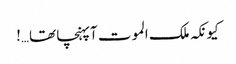
کیونکہ ملک الموت آپہنچا تھا…!